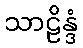
သာဠိန္ဒံ